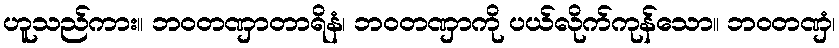
ဟူသည်ကား။ ဘဝတဏှာတာရိနံ၊ ဘဝတဏှာကို ပယ်လိုက်ကုန်သော။ ဘဝတဏှံ၊